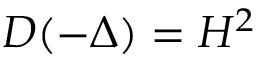
D ( - \Delta ) = H ^ { 2 }